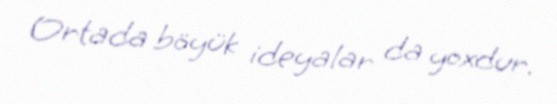
Ortada böyük ideyalar da yoxdur.